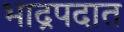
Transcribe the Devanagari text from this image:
भाद्रपदात